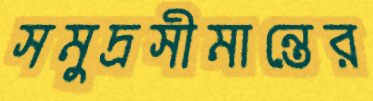
সমুদ্রসীমান্তের